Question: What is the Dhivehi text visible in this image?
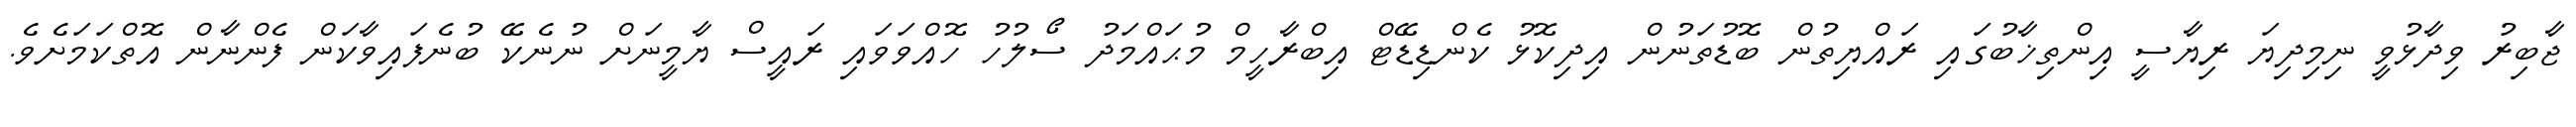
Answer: ޖާބިރު ވިދާޅުވީ ނިމިދިޔަ ރިޔާސީ އިންތިޚާބުގައި ރައްޔިތުން ބޮޑުތަނުން އިދިކޮޅު ކެންޑިޑޭޓް އިބްރާހީމް މުޙައްމަދު ސޯލުހު ހޮއްވަވައި ރައީސް ޔާމީނަށް ނުނެކޭ ބުނެފައިވާކަން ފެންނާން އޮތްކަމަށެވެ.